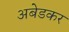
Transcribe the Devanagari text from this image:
अबेडकर